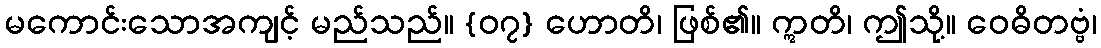
မကောင်းသောအကျင့် မည်သည်။ {၀၇} ဟောတိ၊ ဖြစ်၏။ ဣတိ၊ ဤသို့။ ဝေဓိတဗ္ဗံ၊